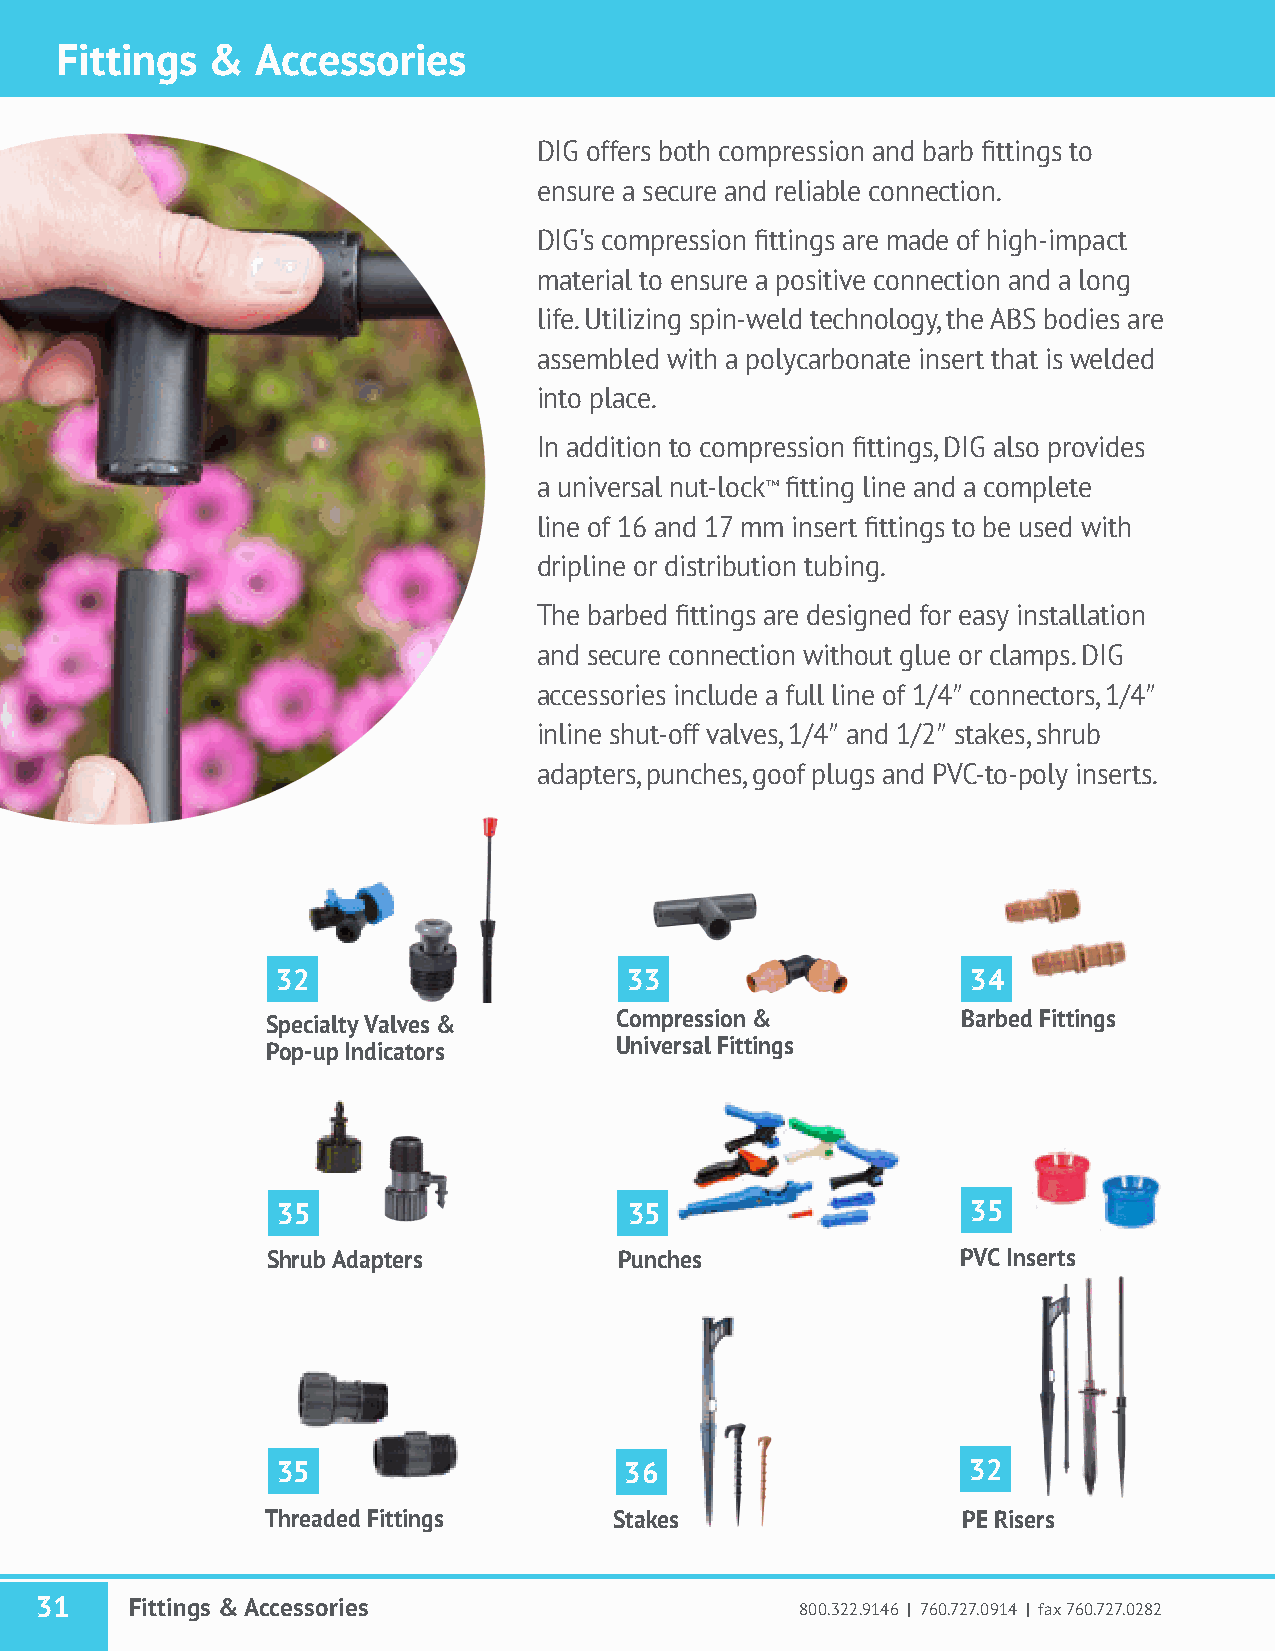
Fittings  &  Accessories
 DIG offers both compression and barb fittings to
 ensure a secure and reliable connection.
 DIG's compression fittings are made of high-impact
 material to ensure a positive connection and a long
 life. Utilizing spin-weld technology, the ABS bodies are
 assembled with a polycarbonate insert that is welded
 into place.
 In addition to compression fittings, DIG also provides
 a universal nut-lock™ fitting line and a complete
 line of 16 and 17 mm insert fittings to be used with
 dripline or distribution tubing.
 The barbed fittings are designed for easy installation
 and secure connection without glue or clamps. DIG
 accessories include a full line of 1/4″ connectors, 1/4″
 inline shut-off valves, 1/4″ and 1/2″ stakes, shrub
 adapters, punches, goof plugs and PVC-to-poly inserts.
 32                      33                    34
 Specialty Valves &     Compression &          Barbed Fittings
 Pop-up Indicators      Universal Fittings
 35                      35                    3335
 Shrub Adapters         Punches                PVC Inserts
 35                     36                     32
 Threaded Fittings      Stakes                 PE Risers
 31     Fittings & Accessories                      800.322.9146 | 760.727.0914 | fax 760.727.0282